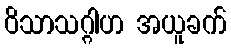
ဝိသာသဂ္ဂါဟ အယူခက်